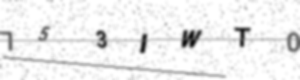
Text: 753IWT0